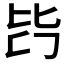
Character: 𣬃